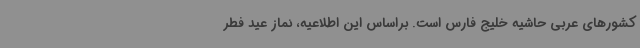
کشورهای عربی حاشیه خلیج فارس است. براساس این اطلاعیه، نماز عید فطر